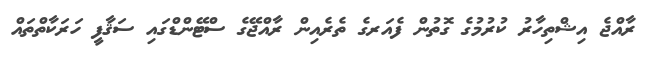
ރާއްޖެ އިޝްތިހާރު ކުރުމުގެ ގޮތުން ފެއަރގެ ތެރެއިން ރާއްޖޭގެ ސްޓޭންޑްގައި ސަޤާފީ ހަރަކާތްތައް